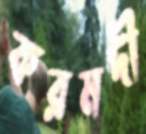
করমদী